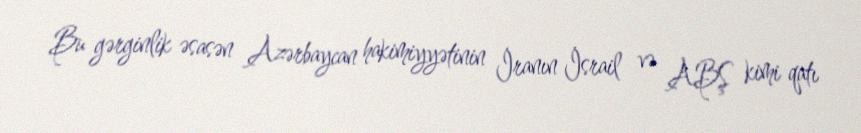
Bu gərginlik əsasən Azərbaycan hakimiyyətinin İranın İsrail və ABŞ kimi qatı